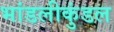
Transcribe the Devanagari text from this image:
भांडलीकुंडल